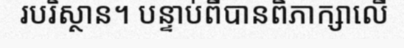
របរិស្ថាន។ បន្ទាប់ពីបានពិភាក្សាលើ